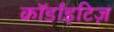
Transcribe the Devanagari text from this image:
कॉर्डांइटिज़